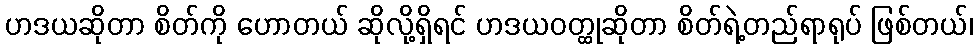
ဟဒယဆိုတာ စိတ်ကို ဟောတယ် ဆိုလို့ရှိရင် ဟဒယဝတ္ထုဆိုတာ စိတ်ရဲ့တည်ရာရုပ် ဖြစ်တယ်၊